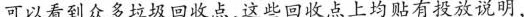
可以看到众多垃圾回收点，这些回收点上均贴有投放说明，